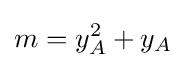
m=y_{A}^{2}+y_{A}